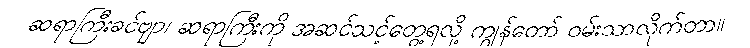
ဆရာကြီးခင်ဗျာ၊ ဆရာကြီးကို အဆင်သင့်တွေ့ရလို့ ကျွန်တော် ဝမ်းသာလိုက်တာ။